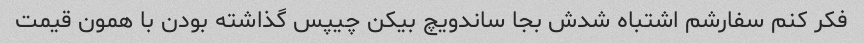
فکر کنم سفارشم اشتباه شدش بجا ساندویچ بیکن چیپس گذاشته بودن با همون قیمت